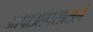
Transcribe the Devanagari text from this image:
आपाआपसातले